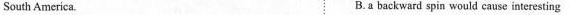
South America. B.a backward spin would cause interesting